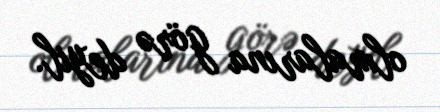
olmalarına görə deyil.